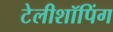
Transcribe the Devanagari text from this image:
टेलीशॉपिंग